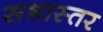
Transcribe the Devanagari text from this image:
सभास्तर